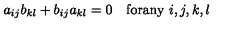
a _ { i j } b _ { k l } + b _ { i j } a _ { k l } = 0 \quad \mathrm { f o r a n y } \ i , j , k , l